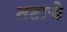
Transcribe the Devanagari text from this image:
तटाचे